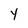
Character: Y